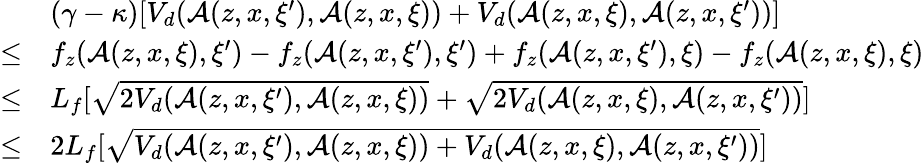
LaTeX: \begin{array}{rl}&{(\gamma-\kappa)[V_{d}(\mathcal{A}(z,x,\xi^{\prime}),\mathcal{A}(z,x,\xi))+V_{d}(\mathcal{A}(z,x,\xi),\mathcal{A}(z,x,\xi^{\prime}))]}\\ {\leq}&{f_{z}(\mathcal{A}(z,x,\xi),\xi^{\prime})-f_{z}(\mathcal{A}(z,x,\xi^{\prime}),\xi^{\prime})+f_{z}(\mathcal{A}(z,x,\xi^{\prime}),\xi)-f_{z}(\mathcal{A}(z,x,\xi),\xi)}\\ {\leq}&{L_{f}[\sqrt{2V_{d}(\mathcal{A}(z,x,\xi^{\prime}),\mathcal{A}(z,x,\xi))}+\sqrt{2V_{d}(\mathcal{A}(z,x,\xi),\mathcal{A}(z,x,\xi^{\prime}))}]}\\ {\leq}&{2L_{f}[\sqrt{V_{d}(\mathcal{A}(z,x,\xi^{\prime}),\mathcal{A}(z,x,\xi))+V_{d}(\mathcal{A}(z,x,\xi),\mathcal{A}(z,x,\xi^{\prime}))}]}\end{array}